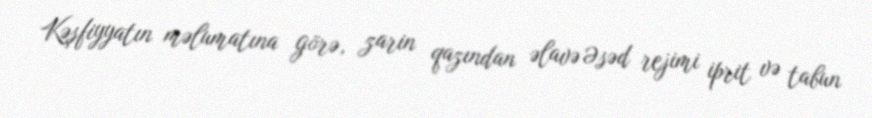
Kəşfiyyatın məlumatına görə, zarin qazından əlavə Əsəd rejimi iprit və tabun